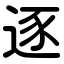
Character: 逐